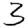
Digit: 3